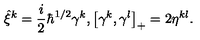
\hat { \xi } ^ { k } = \frac { i } { 2 } \hbar ^ { 1 / 2 } \gamma ^ { k } , \left[ \gamma ^ { k } , \gamma ^ { l } \right] _ { + } = 2 \eta ^ { k l } .